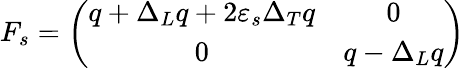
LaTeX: F_{s}=\left(\begin{array}{cc}{{q+\Delta_{L}q+2\varepsilon_{s}\Delta_{T}q}}&{{0}}\\ {{0}}&{{q-\Delta_{L}q}}\end{array}\right)